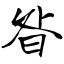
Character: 昝